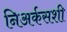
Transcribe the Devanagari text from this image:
निअर्कसशी